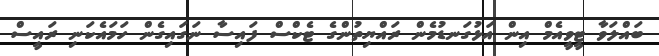
ބައްލަވާ ޓީވީއެމް އިން އަޅުގަނޑުމެން ރައްޔިތުންގެ ޓެކްސް ފައިސާ ނަގައިގެން ހަމައެކަނި ރައީސް